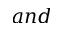
a n d